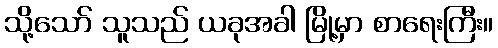
သို့သော် သူသည် ယခုအခါ မြို့မှာ စာရေးကြီး။